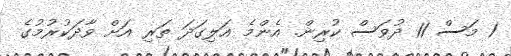
1 މަސް 11 ދުވަސް ކުރިން. އެންމެ އަލިގަދަ ތަރި އަށް ވާދަކުރުމުގެ